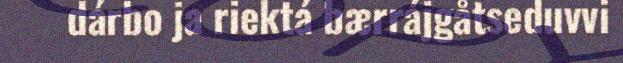
dárbo ja riektá bærrájgåtseduvvi